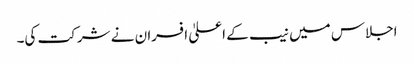
اجلاس میں نیب کے اعلیٰ افسران نے شرکت کی۔